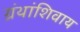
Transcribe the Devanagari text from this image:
ग्रंथांशिवाय